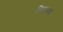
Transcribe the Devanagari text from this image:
हिमालयो